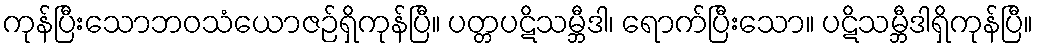
ကုန်ပြီးသောဘဝသံယောဇဉ်ရှိကုန်ပြီ။ ပတ္တပဋိသမ္ဘီဒါ၊ ရောက်ပြီးသော။ ပဋိသမ္ဘီဒါရှိကုန်ပြီ။